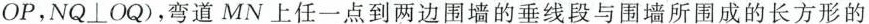
OP，NQ⊥OQ)，弯道MN上任一点到两边围墙的垂线段与围墙所围成的长方形的